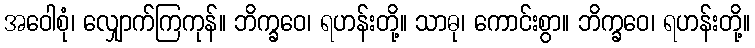
အဝေါစုံ၊ လျှောက်ကြကုန်။ ဘိက္ခဝေ၊ ရဟန်းတို့။ သာဓု၊ ကောင်းစွာ။ ဘိက္ခဝေ၊ ရဟန်းတို့။